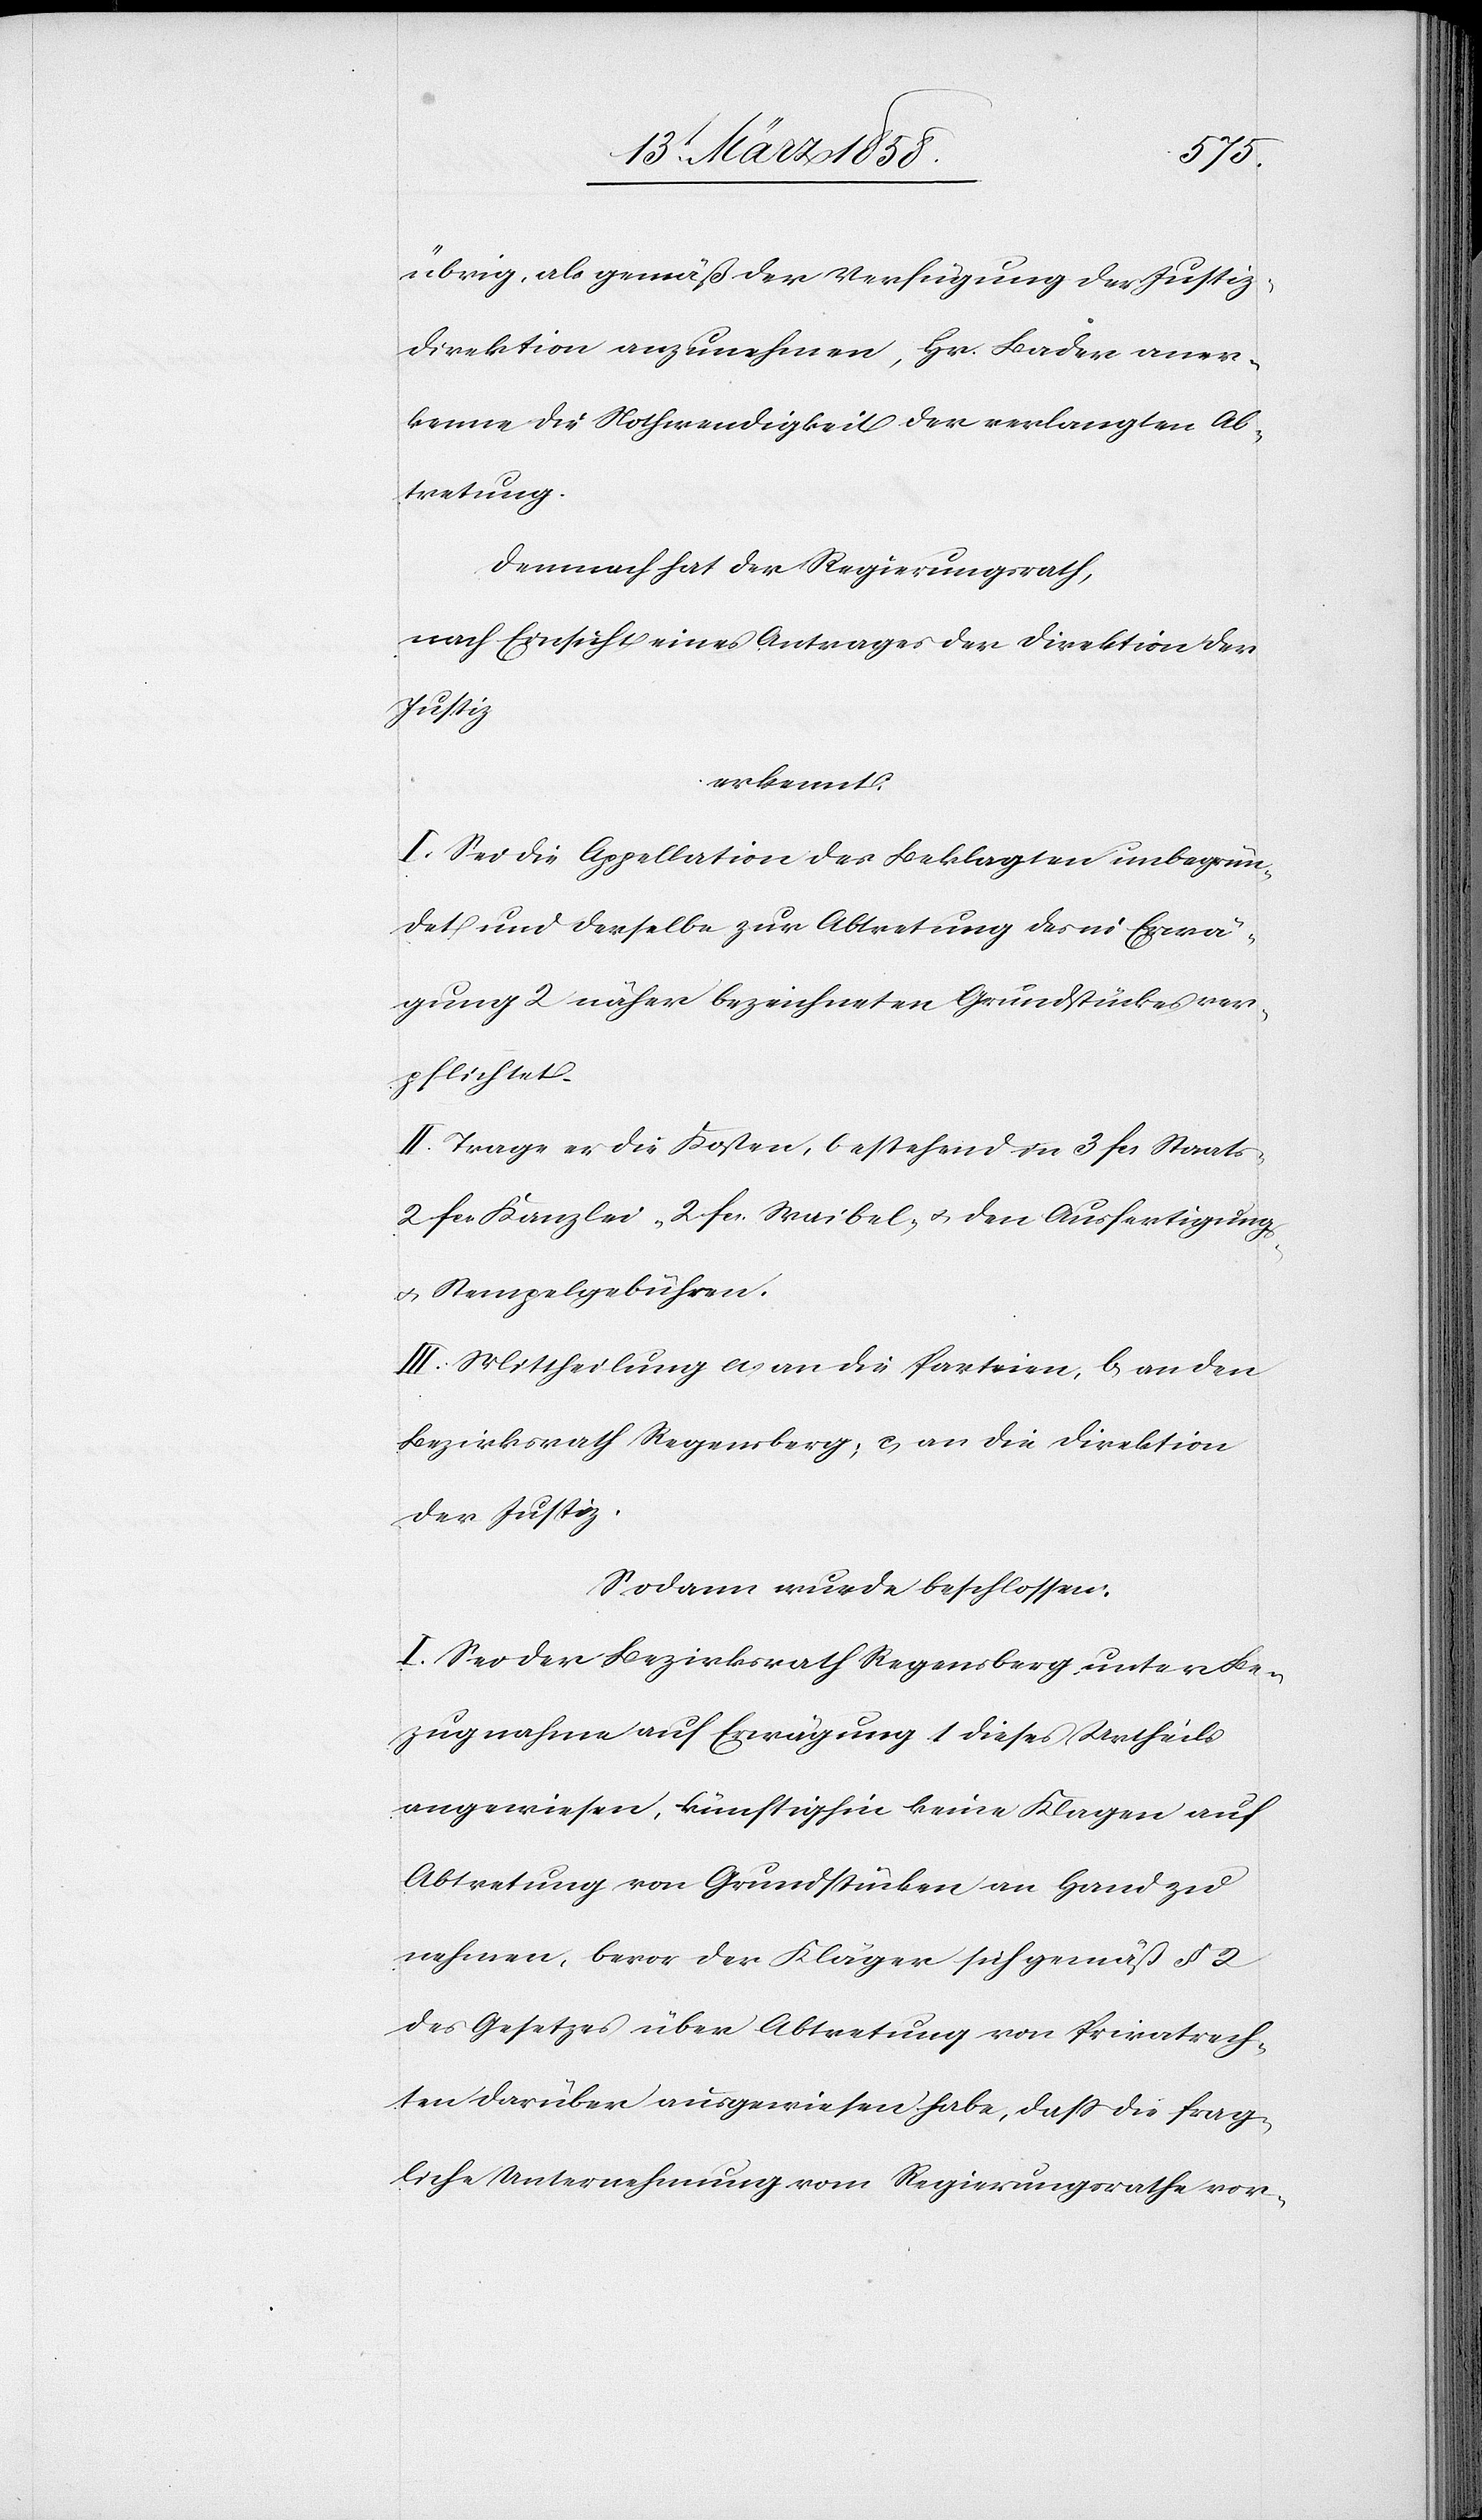
übrig, als gemäß der Verfügung der Justiz¬
direktion anzunehmen, Hr. Bader aner¬
kenne die Nothwendigkeit der verlangten Ab¬
tretung.
Demnach hat der Regierungsrath,
nach Einsicht eines Antrages der Direktion der
Justiz
erkennt:
I. Sei die Appellation des Beklagten unbegrün¬
det und derselbe zur Abtretung des in Erwä¬
gung 2 näher bezeichneten Grundstückes ver¬
pflichtet.
II. Trage er die Kosten, bestehend in 3 fcs. Staats-[,]
2 fcs. Kanzlei-[,] 2 fcs. Waibel- u. den Ausfertigungs-
u. Stempelgebühren.
III. Mittheilung a) an die Parteien, b) an den
Bezirksrath Regensberg; c) an die Direktion
der Justiz.
Sodann wurde beschlossen:
I. Sei der Bezirksrath Regensberg unter Be¬
zugnahme auf Erwägung 1 dieses Urtheils
angewiesen, künftighin keine Klagen auf
Abtretung von Grundstücken an Hand zu
nehmen, bevor der Kläger sich gemäß § 2
des Gesetzes über Abtretung von Privatrech¬
ten darüber ausgewiesen habe, daß die frag¬
liche Unternehmung vom Regierungsrathe vor-